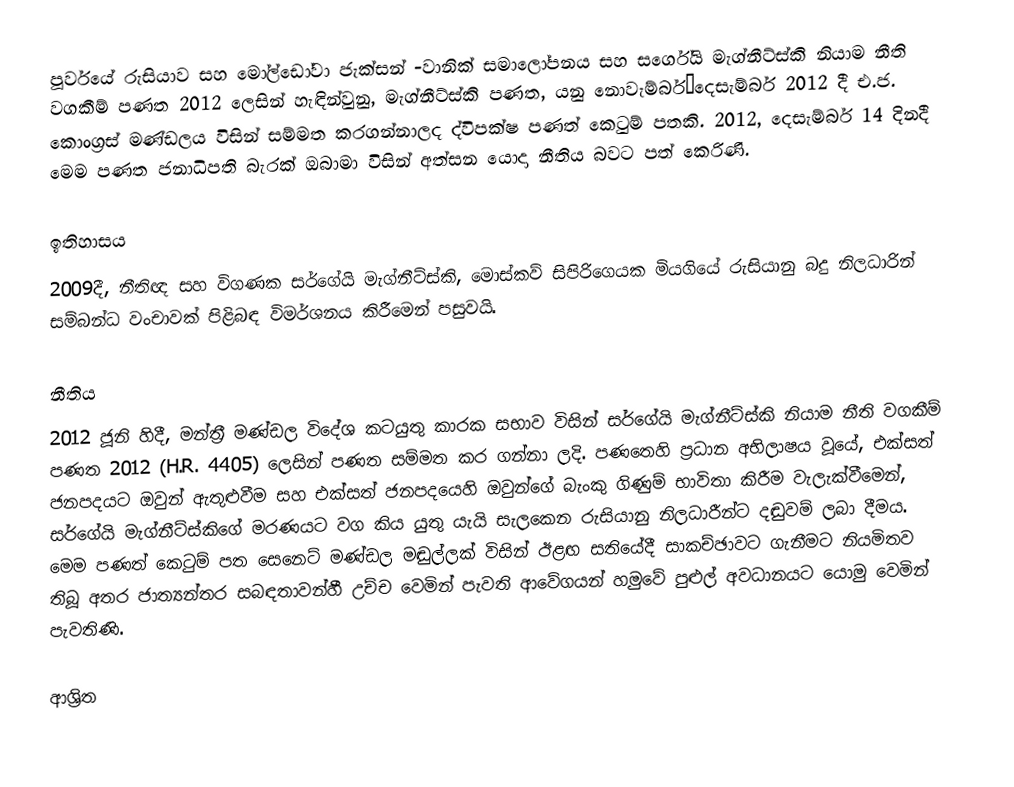
පූර්වයේ රුසියාව සහ මෝල්ඩෝවා ජැක්සන් -වානික් සමාලෝපනය සහ  සර්ගේයි මැග්නීට්ස්කි නියාම නීති වගකීම් පණත 2012 ලෙසින් හැඳින්වුනු, මැග්නීට්ස්කි පණත,  යනු  නොවැම්බර්–දෙසැම්බර් 2012 දී එ.ජ. කොංග්‍රස් මණ්ඩලය විසින් සම්මත කරගන්නාලද ද්විපක්ෂ පණත් කෙටුම් පතකි. 2012, දෙසැම්බර් 14 දිනදී මෙම පණත ජනාධිපති බැරක් ඔබාමා විසින් අත්සන යොදා නීතිය බවට පත් කෙරිණි.

ඉතිහාසය
2009දී, නීතිඥ සහ විගණක සර්ගේයි මැග්නීට්ස්කි, මොස්කව් සිපිරිගෙයක මියගියේ රුසියානු බදු නිලධාරින් සම්බන්ධ වංචාවක් පිළිබඳ විමර්ශනය කිරීමෙන් පසුවයි.

නීතිය
2012 ජූනි හිදී, මන්ත්‍රී මණ්ඩල විදේශ කටයුතු කාරක සභාව විසින් සර්ගේයි මැග්නීට්ස්කි නියාම නීති වගකීම් පණත 2012 (H.R. 4405) ලෙසින් පණත සම්මත කර ගන්නා ලදි. පණතෙහි ප්‍රධාන අභිලාෂය වූයේ, එක්සත් ජනපදයට ඔවුන් ඇතුළුවීම සහ එක්සත් ජනපදයෙහි ඔවුන්ගේ බැංකු  ගිණුම් භාවිතා කිරීම වැලැක්වීමෙන්, සර්ගේයි මැග්නීට්ස්කිගේ මරණයට වග කිය යුතු යැයි සැලකෙන රුසියානු නිලධාරීන්ට දඬුවම් ලබා දීමය. මෙම පණත් කෙටුම් පත සෙනෙට් මණ්ඩල මඬුල්ලක් විසින් ඊළඟ සතියේදී සාකච්ඡාවට ගැනීමට නියමිතව තිබූ අතර ජාත්‍යන්තර සබඳතාවන්හී උච්ච වෙමින් පැවති ආවේගයන් හමුවේ පුළුල් අවධානයට යොමු වෙමින් පැවතිණි.

ආශ්‍රිත